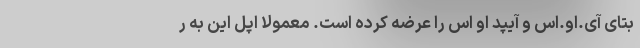
بتای آی.او.اس و آیپد او اس را عرضه کرده است. معمولاً اپل این به ر